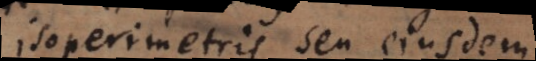
isoperimetris seu ejusdem